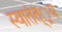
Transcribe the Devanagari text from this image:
स्वातंत््रय